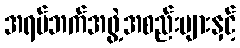
အရပ်ဘက်အဖွဲ့အစည်းများနှင့်